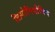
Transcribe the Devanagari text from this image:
लियोनिदोविच